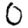
Digit: 0